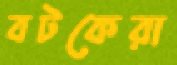
বটকেরা